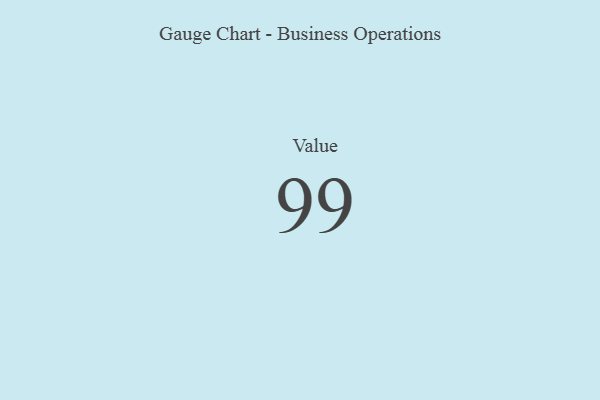
{"axis": {"x": "Metric", "y": "Value"}, "legend": [""], "data": [{"x": "Value", "y": 99, "type": ""}]}